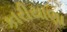
કારીયાણા